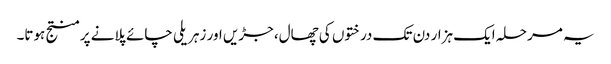
یہ مرحلہ ایک ہزار دن تک درختوں کی چھال، جڑیں اور زہریلی چائے پلانے پر منتج ہوتا۔